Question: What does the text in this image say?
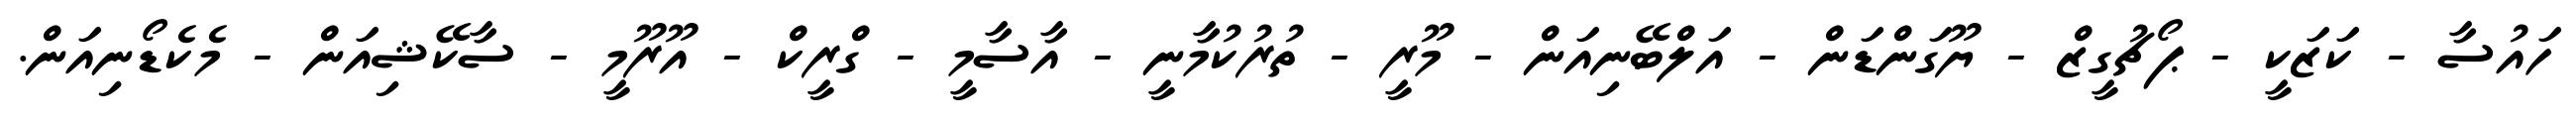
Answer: ހައުސާ - ކަޒަކީ - ޕޯޗުގީޒް - ޔޫގަންޑަން - އަލްބޭނިއަން - މޫރީ - ތުރުކުމާނީ - އާސާމީ - ގްރީކް - އޫރޫމީ - ސާކޭޝިއަން - މެކެޑޯނިއަން.